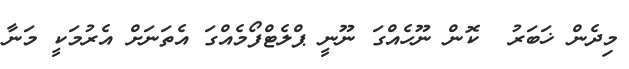
މިދެން ޚަބަރު  ކޮން ނޫހެއްގަ ނޫނީ ޕްލެޓްފޯމެއްގަ އެތަނަށް އެރުމަކީ މަނާ